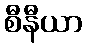
စီနီယာ